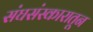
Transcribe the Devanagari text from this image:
संघसंस्कारातून